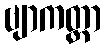
ဗျာကတ္တာ